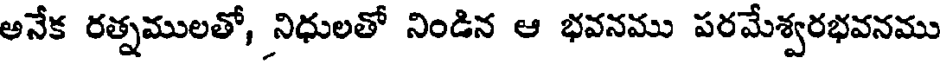
అనేక రత్నములతో, నిధులతో నిండిన ఆ భవనము పరమేశ్వరభవనము